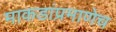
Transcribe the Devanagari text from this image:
माकडांप्रमाणेच